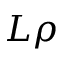
L \rho